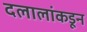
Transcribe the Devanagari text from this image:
दलालांकडून